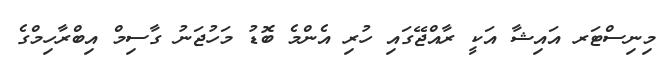
މިނިސްޓަރ އައިޝާ އަކީ ރާއްޖޭގައި ހުރި އެންމެ ބޮޑު މަހުޖަނު ގާސިމް އިބްރާހިމްގެ